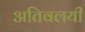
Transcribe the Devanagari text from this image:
अतिवलयी